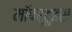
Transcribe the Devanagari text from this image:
मॉपर्टुइस